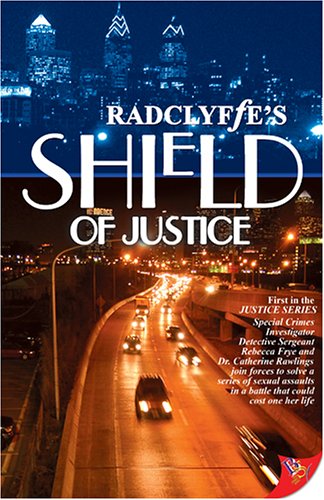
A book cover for Shield of Justice; Radclyffe; Romance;